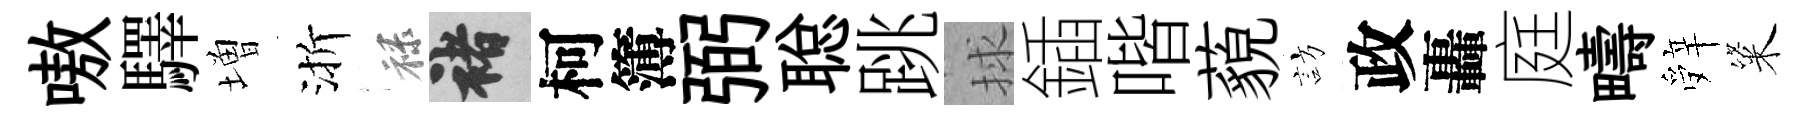
嗷驛増渐禄褚柯簿弼聪跳捄鍤喈藐訪政轟庭疇辤粢